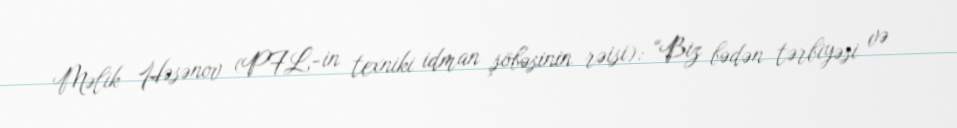
Məlik Həsənov (PFL-in texniki idman şöbəsinin rəisi): “Biz bədən tərbiyəsi və